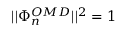
| | \Phi _ { n } ^ { O M D } | | ^ { 2 } = 1